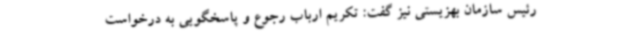
رئیس سازمان بهزیستی نیز گفت: تکریم ارباب رجوع و پاسخگویی به درخواست